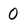
Character: 0